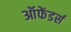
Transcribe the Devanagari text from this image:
ऑफेंडर्स